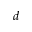
d